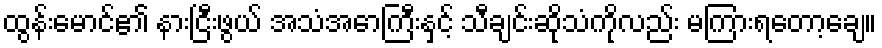
ထွန်းမောင်၏ နားငြီးဖွယ် အသံအောကြီးနှင့် သီချင်းဆိုသံကိုလည်း မကြားရတော့ချေ။